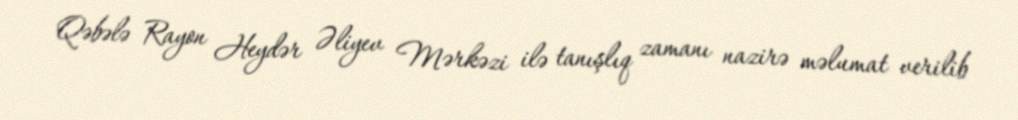
Qəbələ Rayon Heydər Əliyev Mərkəzi ilə tanışlıq zamanı nazirə məlumat verilib